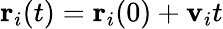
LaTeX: {\mathbf r}_{i}(t)={\mathbf r}_{i}(0)+{\mathbf v}_{i}t